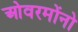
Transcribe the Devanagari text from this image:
ओवरमोंनो